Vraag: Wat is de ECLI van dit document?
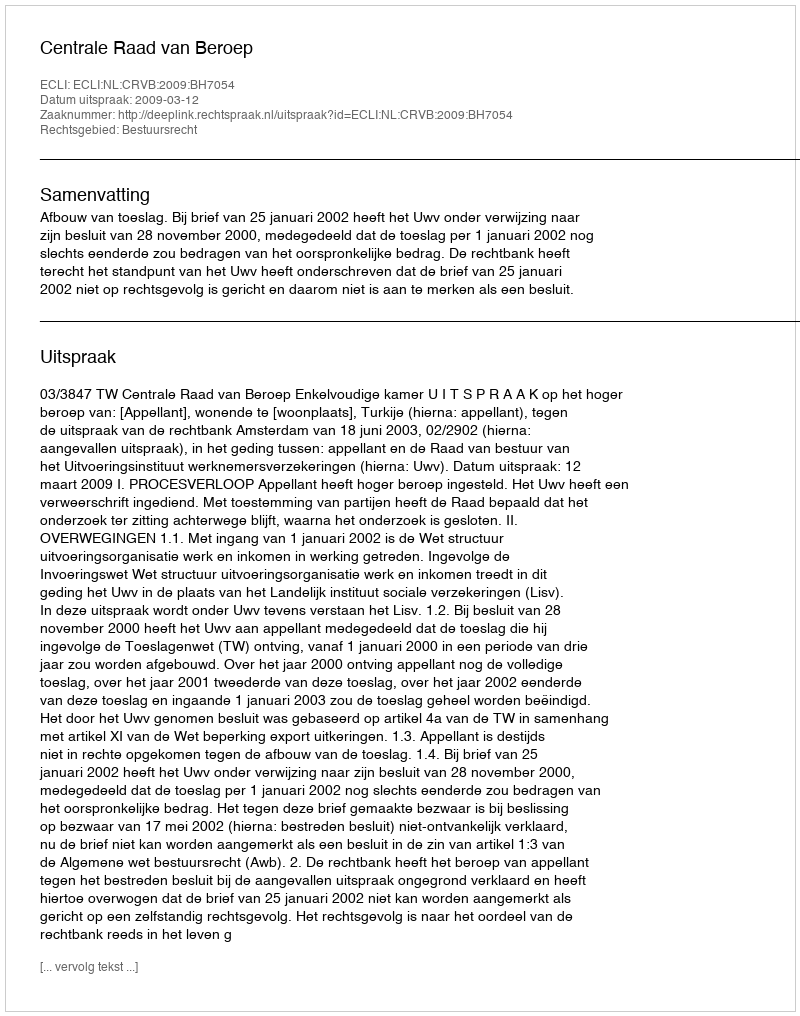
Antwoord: ECLI:NL:CRVB:2009:BH7054